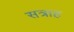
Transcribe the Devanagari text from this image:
सत्राह